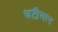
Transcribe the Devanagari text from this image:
घटीमान